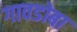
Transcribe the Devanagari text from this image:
गावडोबा